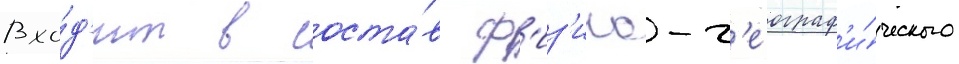
Вхо́д'ит в соста́в ф'из'ико-г'еограф'и́ческого